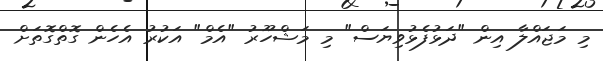
މި މަޖައްލާ އިން "ދަޅުފެޅުވިޔަސް" މި މަޝްހޫރު "އެމް" އަކުރު އެހެން ގޮތްގޮތަށް